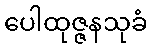
ပေါထုဇ္ဇနသုခံ